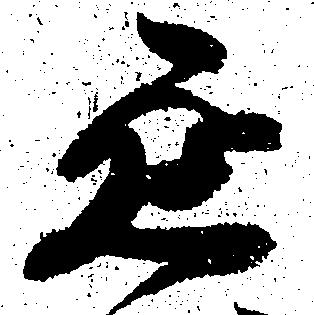
延